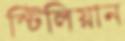
স্টিলিয়ান